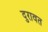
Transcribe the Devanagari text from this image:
दुरावत